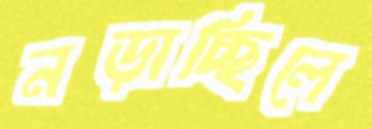
নড়াচ্ছিলে